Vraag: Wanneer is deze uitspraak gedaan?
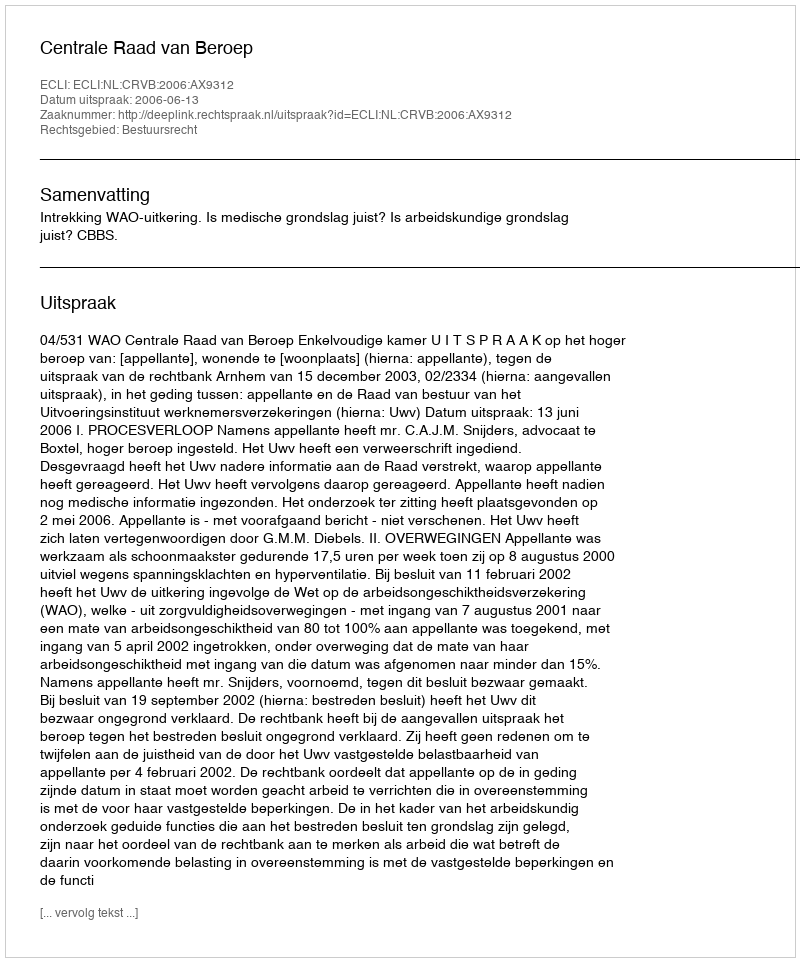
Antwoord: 2006-06-13